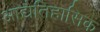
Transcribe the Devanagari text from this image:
आद्यैतिहासिक